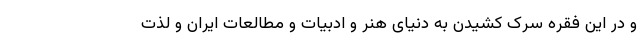
و در این فقره سرک کشیدن به دنیای هنر و ادبیات و مطالعات ایران و لذت